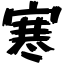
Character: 寒